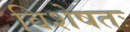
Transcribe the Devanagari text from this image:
विशेषतः